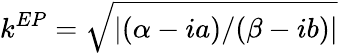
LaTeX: k^{EP}=\sqrt{|(\alpha-ia)/(\beta-ib)|}